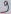
Text: 9